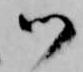
御